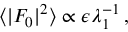
\begin{array} { r } { \langle \vert F _ { 0 } \vert ^ { 2 } \rangle \propto \epsilon \lambda _ { 1 } ^ { - 1 } \, , } \end{array}